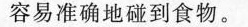
容易准确地碰到食物。